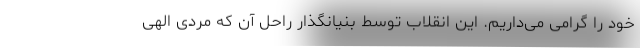
خود را گرامی می‌داریم. این انقلاب توسط بنیانگذار راحل آن که مردی الهی